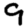
Digit: 9